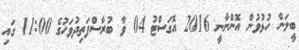
ބީލަން ހުޅުވުން އޮންނާނީ 2016 އޮގަސްޓު 04 ވާ ބުރާސްފަތިދުވަހުގެ 11:00 ގައި